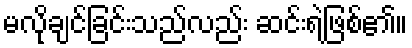
မလိုချင်ခြင်းသည်လည်း ဆင်းရဲဖြစ်၏။